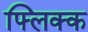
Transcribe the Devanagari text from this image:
फ्लिक्क